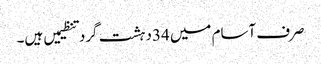
صرف آسام میں 34دہشت گرد تنظیمیں ہیں۔